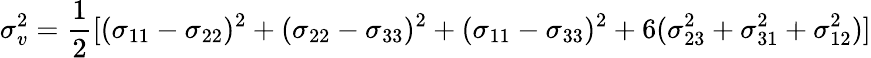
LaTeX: \sigma_{v}^{2}={\frac{1}{2}}[(\sigma_{11}-\sigma_{22})^{2}+(\sigma_{22}-\sigma_{33})^{2}+(\sigma_{11}-\sigma_{33})^{2}+6(\sigma_{23}^{2}+\sigma_{31}^{2}+\sigma_{12}^{2})]